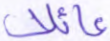
عائلا